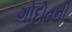
ગોદોતની